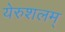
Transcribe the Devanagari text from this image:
येरुशलम्